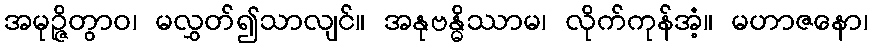
အမုဉ္ဇိတွာဝ၊ မလွှတ်၍သာလျင်။ အနုဗန္ဓိဿာမ၊ လိုက်ကုန်အံ့။ မဟာဇနော၊